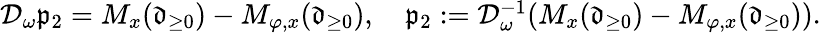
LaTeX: \begin{array}{r}{\mathcal{D}_{\omega}\mathfrak{p}_{2}=M_{x}(\mathfrak{d}_{\ge 0})-M_{\varphi,x}(\mathfrak{d}_{\ge 0}),\quad\mathfrak{p}_{2}:=\mathcal{D}_{\omega}^{-1}(M_{x}(\mathfrak{d}_{\ge 0})-M_{\varphi,x}(\mathfrak{d}_{\ge 0})).}\end{array}